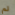
لم